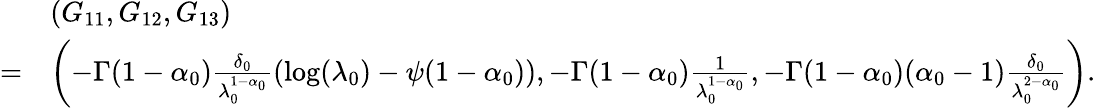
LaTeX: \begin{array}{rl}&{(G_{11},G_{12},G_{13})}\\ {=}&{\left(-\Gamma(1-\alpha_{0})\frac{\delta_{0}}{\lambda_{0}^{1-\alpha_{0}}}(\log(\lambda_{0})-\psi(1-\alpha_{0})),-\Gamma(1-\alpha_{0})\frac{1}{\lambda_{0}^{1-\alpha_{0}}},-\Gamma(1-\alpha_{0})(\alpha_{0}-1)\frac{\delta_{0}}{\lambda_{0}^{2-\alpha_{0}}}\right).}\end{array}